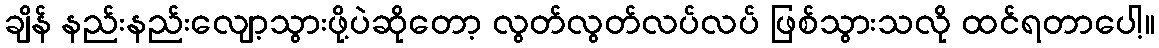
ချိန် နည်းနည်းလျော့သွားဖို့ပဲဆိုတော့ လွတ်လွတ်လပ်လပ် ဖြစ်သွားသလို ထင်ရတာပေါ့။